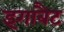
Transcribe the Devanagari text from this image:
इगाबैट